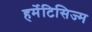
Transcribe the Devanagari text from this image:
हर्मेटिसिज्म